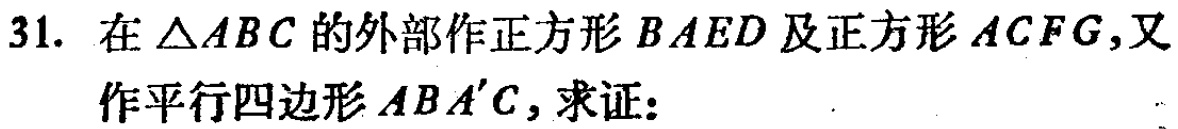
31. 在\(\triangle ABC\)的外部作正方形\(BAED\)及正方形\(ACFG\)，又作平行四边形\(ABA'C\)，求证：